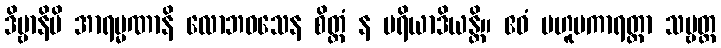
ဒိဗ္ဗာနိပိ အာရမ္မဏာနိ လောဘဝသေန စိတ္တံ န ပရိယာဒိယန္တိ။ ဧဝံ ဗဟူပကာရတ္တာ သဗ္ဗတ္ထ